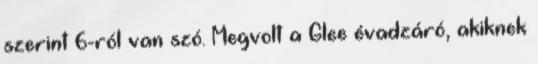
szerint 6-ról van szó. Megvolt a Glee évadzáró, akiknek